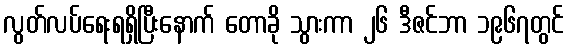
လွတ်လပ်ရေးရရှိပြီးနောက် တောခို သွားကာ ၂၆ ဒီဇင်ဘာ ၁၉၆၇တွင်